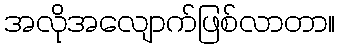
အလိုအလျောက်ဖြစ်လာတာ။